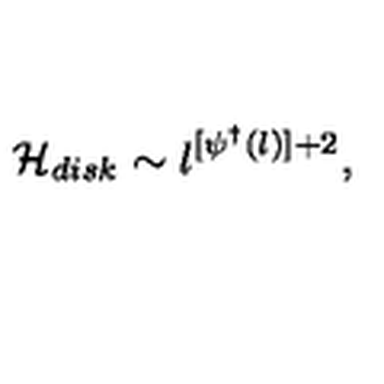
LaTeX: { \cal H } _ { d i s k } \sim l ^ { [ \psi ^ { \dagger } ( l ) ] + 2 } ,